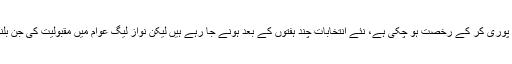
کچھ ایسی صورتحال اب بھی بن رہی ہے نواز لیگ کی حکومت اپنے اقتدار کی معینہ مدت پوری کر کے رخصت ہو چکی ہے، نئے انتخابات چند ہفتوں کے بعد ہونے جا رہے ہیں لیکن نواز لیگ عوام میں مقبولیت کی جن بلندیوں پر آج سے کچھ عرصہ پہلے تھی آج انتخابی محاذ پر اس کا سخت فقدان نظر آرہا ہے۔